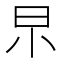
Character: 𣌢